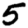
Digit: 5